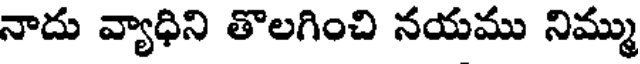
నాదు వ్యాధిని తొలగించి నయము నిమ్ము